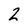
Character: 2